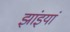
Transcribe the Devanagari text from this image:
झांइयां